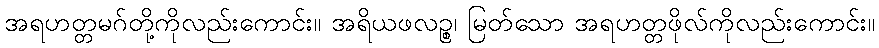
အရဟတ္တမဂ်တို့ကိုလည်းကောင်း။ အရိယဖလဉ္စ၊ မြတ်သော အရဟတ္တဖိုလ်ကိုလည်းကောင်း။